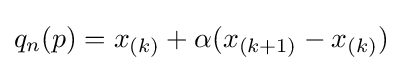
q_{n}(p)=x_{(k)}+\alpha (x_{(k+1)}-x_{(k)})